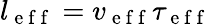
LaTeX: l_{\mathrm{~e~f~f~}}=v_{\mathrm{~e~f~f~}}\tau_{\mathrm{~e~f~f~}}